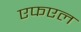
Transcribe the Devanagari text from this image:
एफएल